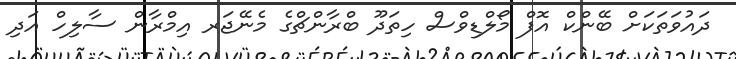
ދައުވަތަކަށް ބޭންކް އޮފް މޯލްޑިވްސް ހިތަދޫ ބްރާންޗްގެ މެނޭޖަރ އިމްރާން ސާލިހް އަދި